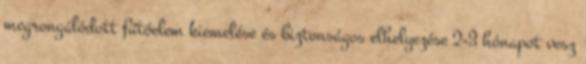
megrongálódott fűtőelem kiemelése és biztonságos elhelyezése 2-3 hónapot vesz